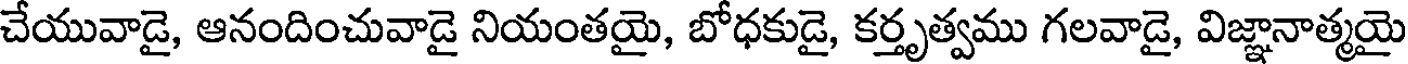
చేయువాడై, ఆనందించువాడై నియంతయై, బోధకుడై, కర్తృత్వము గలవాడై, విజ్ఞానాత్మయై